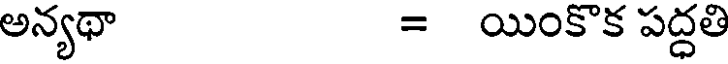
అన్యథా = యింకొక పద్ధతి